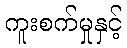
ကူးစက်မှုနှင့်